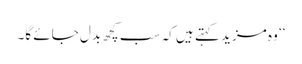
‘‘ وہ مزید کہتے ہیں کہ سب کچھ بدل جائے گا۔